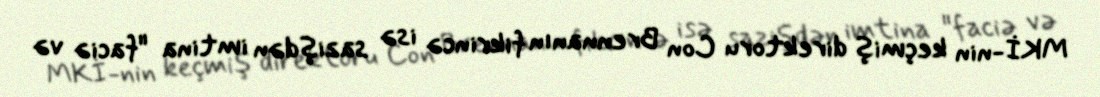
MKİ-nin keçmiş direktoru Con Brennanın fikrincə isə sazişdən imtina "faciə və